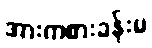
အားကစားခန်းမ